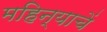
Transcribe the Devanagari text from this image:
महिन्याचें